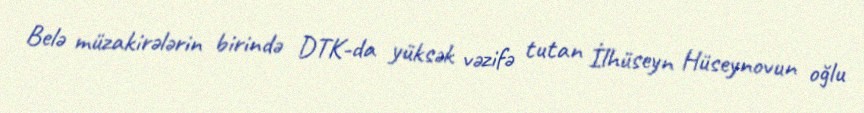
Belə müzakirələrin birində DTK-da yüksək vəzifə tutan İlhüseyn Hüseynovun oğlu